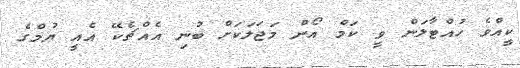
ކީއްވެ ހުއްޓާލަން ވީ ކަމް އޯން މަޖަލަކަށް ބުނި އެއްޗެކޭ އެއީ ޔުމްގެ